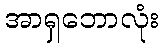
အာရှဘောလုံး